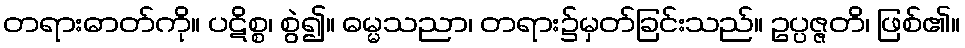
တရားဓာတ်ကို။ ပဋိစ္စ၊ စွဲ၍။ ဓမ္မသညာ၊ တရား၌မှတ်ခြင်းသည်။ ဥပ္ပဇ္ဇတိ၊ ဖြစ်၏။